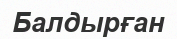
Балдырған